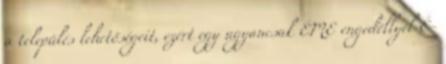
a település lehetőségeit, ezért egy ugyancsak ÉME engedéllyel É-